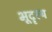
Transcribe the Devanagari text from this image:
भूदॄश्य